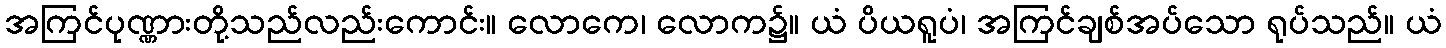
အကြင်ပုဏ္ဏားတို့သည်လည်းကောင်း။ လောကေ၊ လောက၌။ ယံ ပိယရူပံ၊ အကြင်ချစ်အပ်သော ရုပ်သည်။ ယံ